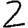
Digit: 2